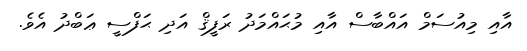
އާއި މިއުސަމް އައްބާސް އާއި މުޙައްމަދު ރަފީޤް އަދި ޙަފްސީ ޢަބްދު އެވެ.